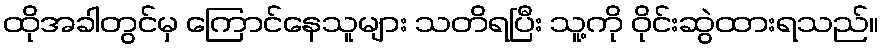
ထိုအခါတွင်မှ ကြောင်နေသူများ သတိရပြီး သူ့ကို ဝိုင်းဆွဲထားရသည်။